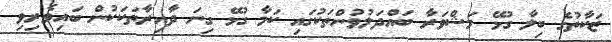
ޒަކާތުގެ ބިލާ ގުޅޭ މަޝްވަރާ ބައްދަލުވުންތަކުގައި ކަމާ ގުޅޭ ގިނަ ދާއިރާތަކަކުން ބައިވެރިވި